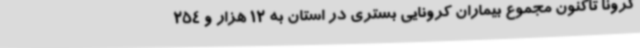
کرونا تاکنون مجموع بیماران کرونایی بستری در استان به 12 هزار و 254